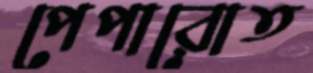
পেপারোত